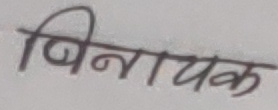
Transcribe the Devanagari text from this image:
बिनायक